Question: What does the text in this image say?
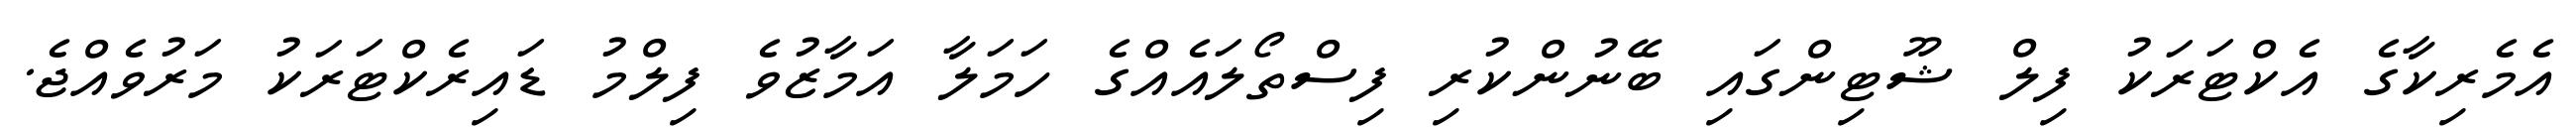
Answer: އެމެރިކާގެ އެކްޓަރަކު ފިލް ޝޫޓިންގައި ބޭނުންކުރި ފިސްތޯލައެއްގެ ހަމަލާ އަމާޒުވެ ފިލްމު ޑައިރެކްޓަރަކު މަރުވެއްޖެ.